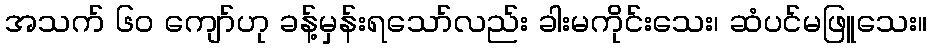
အသက် ၆၀ ကျော်ဟု ခန့်မှန်းရသော်လည်း ခါးမကိုင်းသေး၊ ဆံပင်မဖြူသေး။